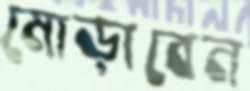
মোড়াবেন